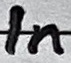
Text: In